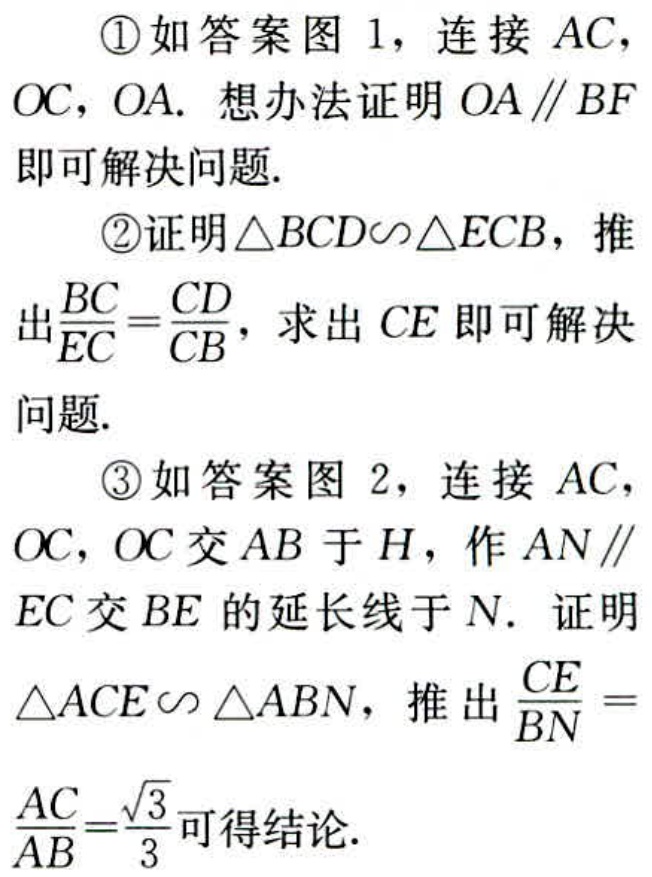
\textcircled{1}如答案图 1，连接 \(AC\)，\(OC\)，\(OA\). 想办法证明 \(OA\parallel BF\)即可解决问题.

\textcircled{2}证明\(\triangle BCD\sim\triangle ECB\)，推出\(\frac{BC}{EC}=\frac{CD}{CB}\)，求出 \(CE\)即可解决问题.

\textcircled{3}如答案图 2，连接 \(AC\)，\(OC\)，\(OC\)交 \(AB\)于 \(H\)，作 \(AN\parallel EC\)交 \(BE\)的延长线于 \(N\). 证明\(\triangle ACE\sim\triangle ABN\)，推出\(\frac{CE}{BN}=\frac{AC}{AB}=\frac{\sqrt{3}}{3}\)可得结论.